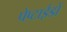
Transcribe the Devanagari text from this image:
पेप्टाईडों